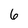
Character: 6